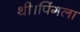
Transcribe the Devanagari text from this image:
थी।पिंगला